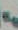
-